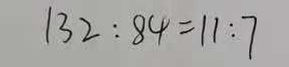
1 3 2 : 8 4 = 1 1 : 7